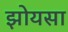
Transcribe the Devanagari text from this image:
झोयसा